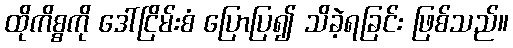
ထိုကိစ္စကို ဒေါ်ငြိမ်းစံ ပြောပြ၍ သိခဲ့ရခြင်း ဖြစ်သည်။